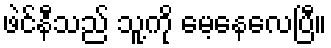
ဖဲင်နီသည် သူ့ကို မေ့နေလေပြီ။